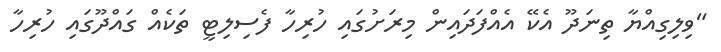
"ވިލިގިއްޔާ ތިނަދޫ އެކޭ އެއްފަދައިން މިރަށުގައި ހުރިހާ ފެސިލިޓީ ތަކެއް ގައްދޫގައި ހުރިހާ